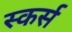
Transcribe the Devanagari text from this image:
स्कर्स